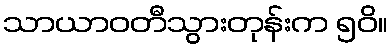
သာယာဝတီသွားတုန်းက ၅၀ိ။